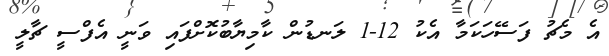
އެ މެޗު ފަސޭހަކަމާ އެކު 12-1 ލަނޑުން ކާމިޔާބުކޮށްފައި ވަނީ އެފްސީ ޗާލީ